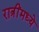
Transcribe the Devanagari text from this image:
रात्रींमध्ये